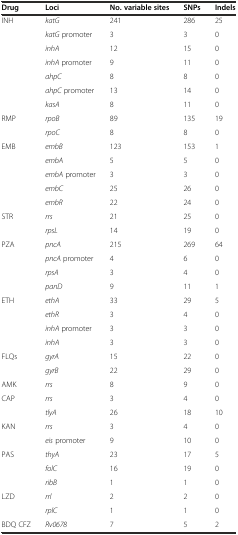
<table><thead><tr><td><b>Drug</b></td><td><b>Loci</b></td><td><b>No. variable sites</b></td><td><b>SNPs</b></td><td><b>Indels</b></td></tr></thead><tbody><tr><td>INH</td><td><i>katG</i></td><td>241</td><td>286</td><td>25</td></tr><tr><td></td><td><i>katG</i> promoter</td><td>3</td><td>3</td><td>0</td></tr><tr><td></td><td><i>inhA</i></td><td>12</td><td>15</td><td>0</td></tr><tr><td></td><td><i>inhA</i> promoter</td><td>9</td><td>11</td><td>0</td></tr><tr><td></td><td><i>ahpC</i></td><td>8</td><td>8</td><td>0</td></tr><tr><td></td><td><i>ahpC</i> promoter</td><td>13</td><td>14</td><td>0</td></tr><tr><td></td><td><i>kasA</i></td><td>8</td><td>11</td><td>0</td></tr><tr><td>RMP</td><td><i>rpoB</i></td><td>89</td><td>135</td><td>19</td></tr><tr><td></td><td><i>rpoC</i></td><td>8</td><td>8</td><td>0</td></tr><tr><td>EMB</td><td><i>embB</i></td><td>123</td><td>153</td><td>1</td></tr><tr><td></td><td><i>embA</i></td><td>5</td><td>5</td><td>0</td></tr><tr><td></td><td><i>embA</i> promoter</td><td>3</td><td>3</td><td>0</td></tr><tr><td></td><td><i>embC</i></td><td>25</td><td>26</td><td>0</td></tr><tr><td></td><td><i>embR</i></td><td>22</td><td>24</td><td>0</td></tr><tr><td>STR</td><td><i>rrs</i></td><td>21</td><td>25</td><td>0</td></tr><tr><td></td><td><i>rpsL</i></td><td>14</td><td>19</td><td>0</td></tr><tr><td>PZA</td><td><i>pncA</i></td><td>215</td><td>269</td><td>64</td></tr><tr><td></td><td><i>pncA</i> promoter</td><td>4</td><td>6</td><td>0</td></tr><tr><td></td><td><i>rpsA</i></td><td>3</td><td>4</td><td>0</td></tr><tr><td></td><td><i>panD</i></td><td>9</td><td>11</td><td>1</td></tr><tr><td>ETH</td><td><i>ethA</i></td><td>33</td><td>29</td><td>5</td></tr><tr><td></td><td><i>ethR</i></td><td>3</td><td>4</td><td>0</td></tr><tr><td></td><td><i>inhA</i> promoter</td><td>3</td><td>3</td><td>0</td></tr><tr><td></td><td><i>inhA</i></td><td>3</td><td>3</td><td>0</td></tr><tr><td>FLQs</td><td><i>gyrA</i></td><td>15</td><td>22</td><td>0</td></tr><tr><td></td><td><i>gyrB</i></td><td>22</td><td>29</td><td>0</td></tr><tr><td>AMK</td><td><i>rrs</i></td><td>8</td><td>9</td><td>0</td></tr><tr><td>CAP</td><td><i>rrs</i></td><td>3</td><td>4</td><td>0</td></tr><tr><td></td><td><i>tlyA</i></td><td>26</td><td>18</td><td>10</td></tr><tr><td>KAN</td><td><i>rrs</i></td><td>3</td><td>4</td><td>0</td></tr><tr><td></td><td><i>eis</i> promoter</td><td>9</td><td>10</td><td>0</td></tr><tr><td>PAS</td><td><i>thyA</i></td><td>23</td><td>17</td><td>5</td></tr><tr><td></td><td><i>folC</i></td><td>16</td><td>19</td><td>0</td></tr><tr><td></td><td><i>ribB</i></td><td>1</td><td>1</td><td>0</td></tr><tr><td>LZD</td><td><i>rrl</i></td><td>2</td><td>2</td><td>0</td></tr><tr><td></td><td><i>rplC</i></td><td>1</td><td>1</td><td>0</td></tr><tr><td>BDQ CFZ</td><td><i>Rv0678</i></td><td>7</td><td>5</td><td>2</td></tr></tbody></table>